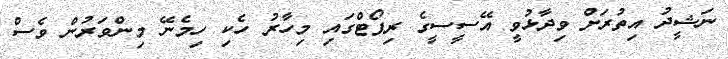
ނަޝީދު އިތުރަށް ވިދާޅުވީ އޭސީސީގެ ރިޕޯޓްގައި މިހާރު ހެކި ހިމެނޭ މިންވަރުން ވެސް